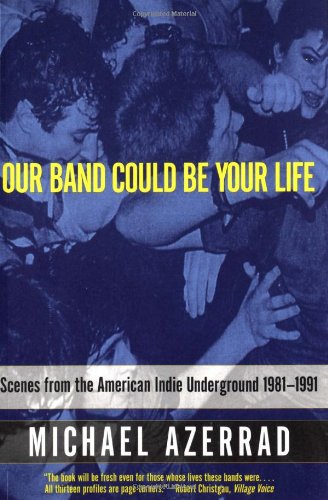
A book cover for Our Band Could Be Your Life: Scenes from the American Indie Underground 1981-1991; Michael Azerrad; Arts & Photography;